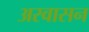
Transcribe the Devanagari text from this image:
अस्वासन